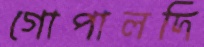
গোপালদি